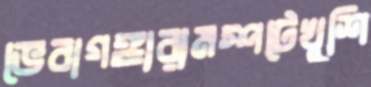
ভেবাগঙ্গারামস্পটেখুশি